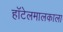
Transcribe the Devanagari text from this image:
हॉटेलमालकाला